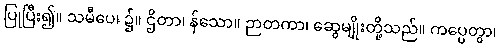
ပြုပြီး၍။ သမီပေ၊ ၌။ ဌိတာ၊ န်သော။ ဉာတကာ၊ ဆွေမျိုးတို့သည်။ ကပ္ပေတွာ၊